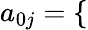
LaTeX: a_{0j}=\left\{ \begin{array}{ll}{\begin{array}{rlr}\end{array}}\end{array}\right.